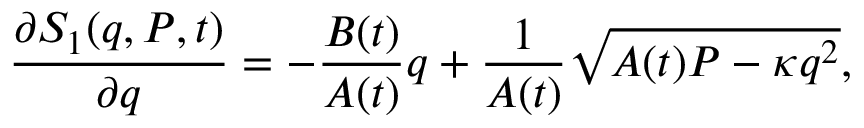
\frac { \partial S _ { 1 } ( q , P , t ) } { \partial q } = - \frac { B ( t ) } { A ( t ) } q + \frac { 1 } { A ( t ) } \sqrt { A ( t ) P - \kappa q ^ { 2 } } ,